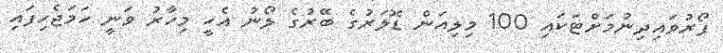
ފޯރުވައިދިނުމަށްޓަކައި 100 މިލިއަން ޑޮލަރުގެ ބޭރުގެ ލޯނު އެހީ މިހާރު ވަނީ ހަމަޖެހިފައި